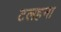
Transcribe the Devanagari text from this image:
टलहना